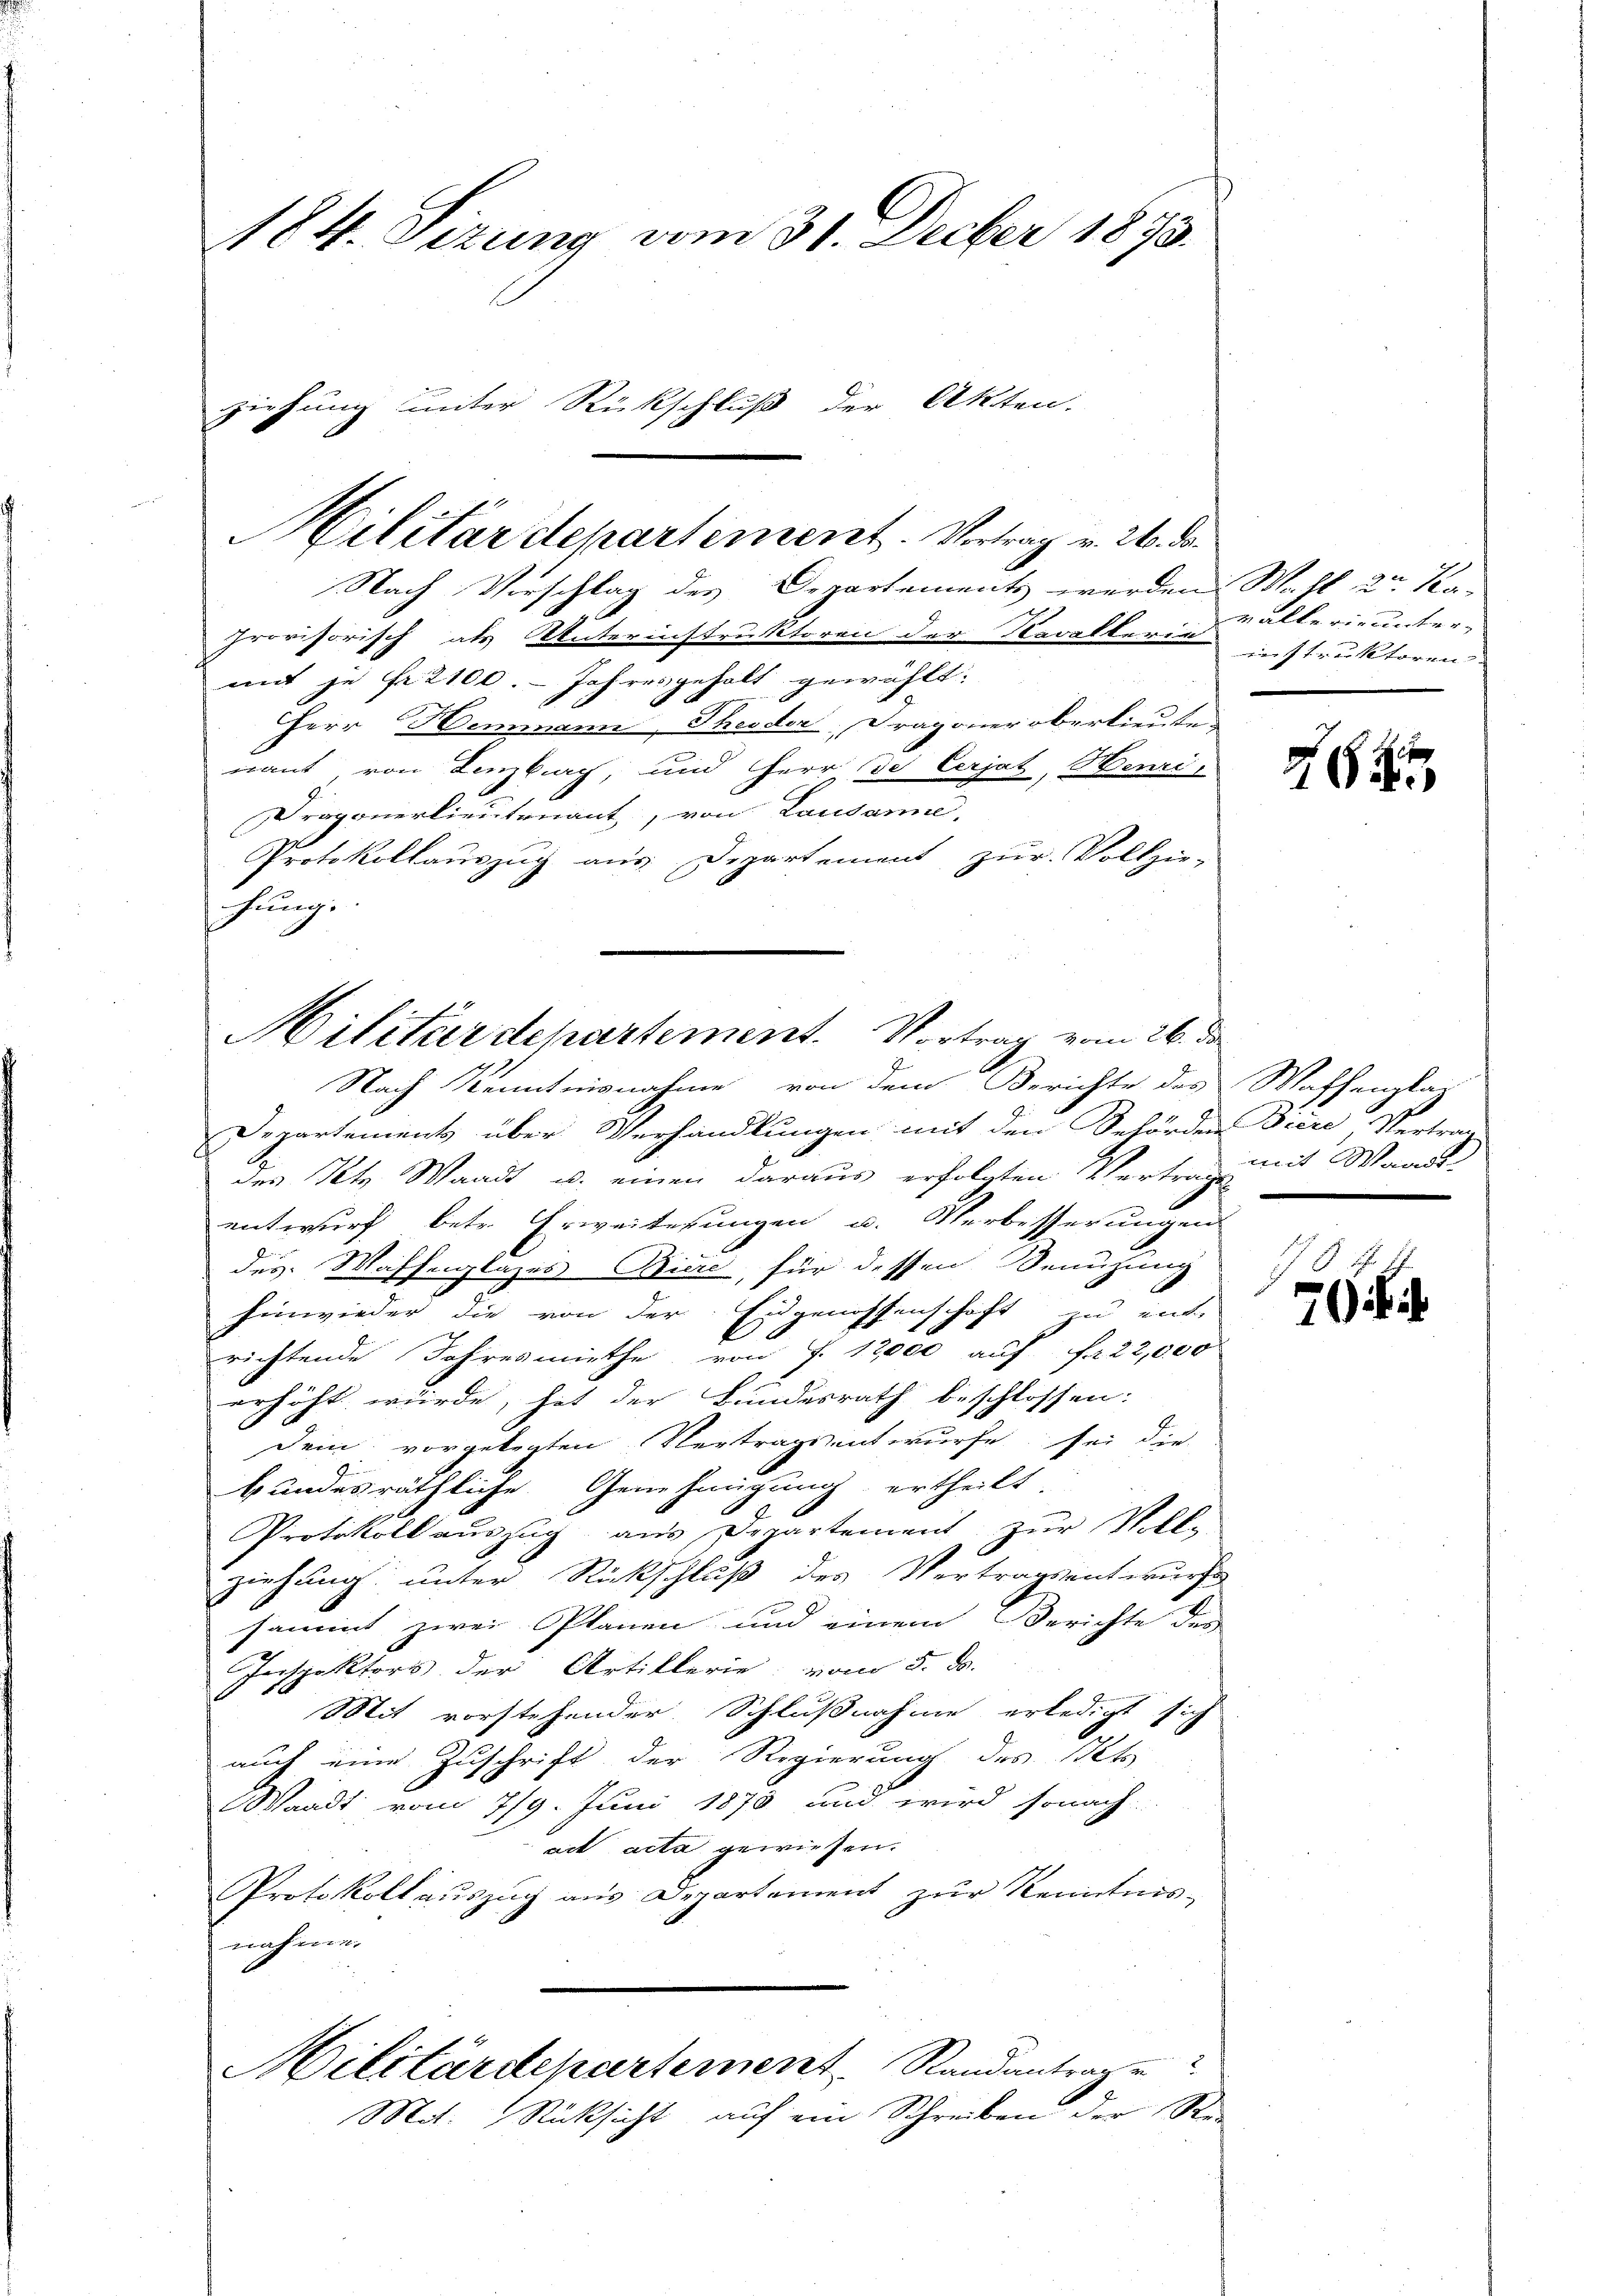
184. Sizung vom 31. Decber 1873.
ziehung unter Rückschluß der Akten.

Militärdepartement. Vertrag v. 26. d.

Nach Vorschlag des Departements werden Wahl 2r Ka-
provisorisch als Unterinstruktoren der Navallerin
mit je Fr. 2100. Jahresgeholt gewählt:
Herr Hemmann, Theodor Dragoner oberlieute
nant von Lenzburg und Herr de Cerjat, Henri
Dragonerlieutenant, von Lausanne,
Protokollauszug aus Departement zur Vollzie-
hung.
Militärdepartement. Vortrag vom 26. d.

Nach Kenntnisnahme von dem Berichte des Waffenplai

Departements über Verhandlungen mit den Behörden Biere, Vertrag
des Pet Waadt u. einen daraus erfolgten Vertrag mit Wande
entwurf betr. Erweiterungen u. Verbesserungen
des Massenlages Biere, für dessen Benuzung
hinwieder die von der Eidgenossenschaft zu ent-
richtende Jahresmiethe, von f. 12,000 auf fa 22,000
erhöht würde, hat der Bundesrath beschlossen:
Dein vorgelegten Vertragsentwurfe sei die
bundesräthliche Genehmigung ertheilt.
Protokoll auszug aus Departement zŭr Voll-
ziehung unter Rückschluß des Vertragsentwurfe
sammt zwei Planen und einem Berichte des
Inspektors der Artillerie vom 5. d.
Mit vorstehender Schlußnahme erledigt sich
auch eine Zuschrift der Regierung des Bet
Waadt vom 7/9. Juni 1870 und wird sonach
act acta gewiesen.
Protokollauszug aus Departement zur Kenntnis-
nahme.
Militärdepartement Randantragen
Mit. Rücksicht auf ein Schreiben der Ste-

vallerie unter-
instruktoren. |

265

14
7